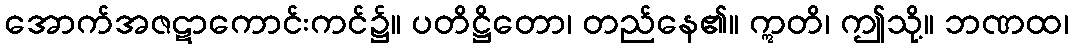
အောက်အဇဋာကောင်းကင်၌။ ပတိဋ္ဌိတော၊ တည်နေ၏။ ဣတိ၊ ဤသို့။ ဘဏထ၊